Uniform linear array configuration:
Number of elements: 32
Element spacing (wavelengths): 0.75
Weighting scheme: hann
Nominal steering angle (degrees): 30
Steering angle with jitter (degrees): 30.495
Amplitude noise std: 0.05
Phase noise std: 0.05

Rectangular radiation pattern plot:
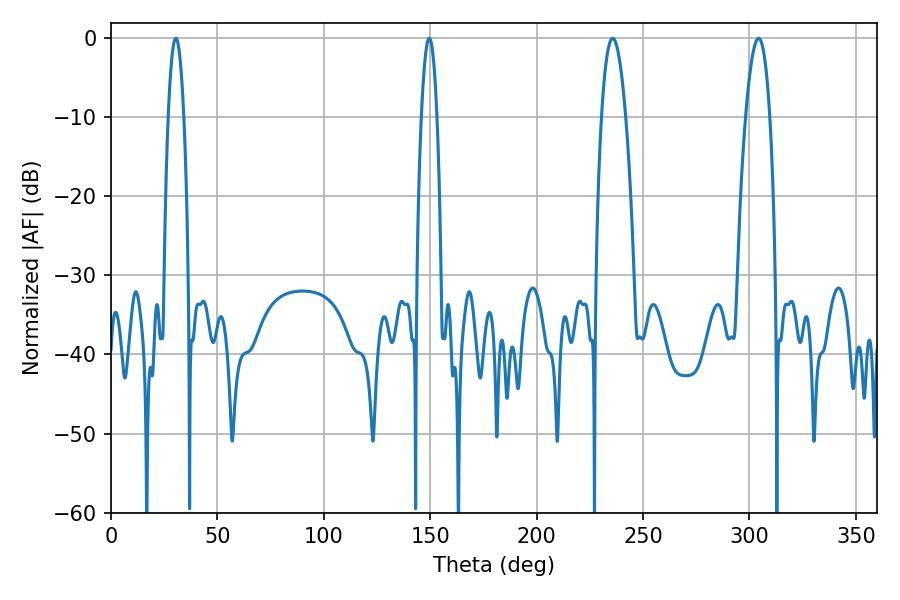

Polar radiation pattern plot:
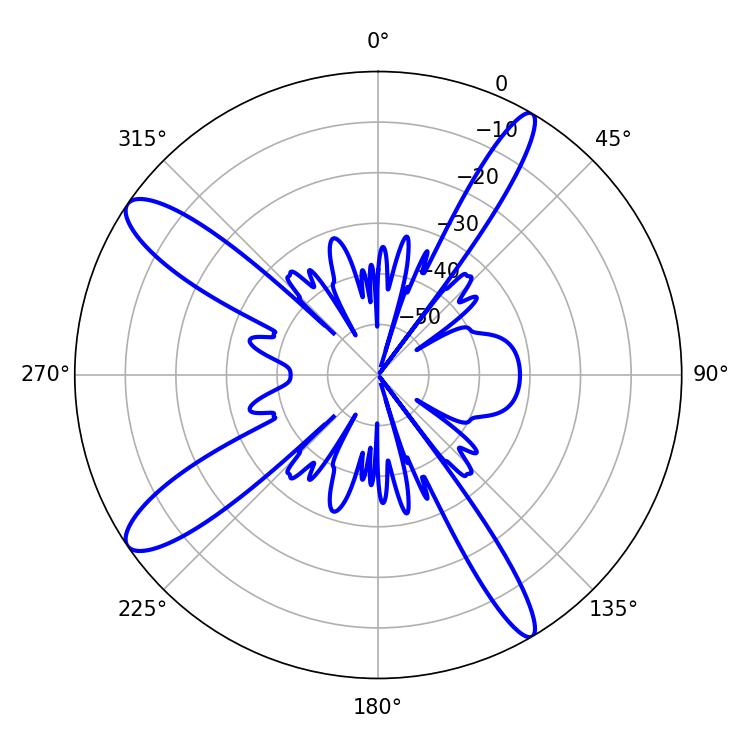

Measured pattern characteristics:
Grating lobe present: TRUE
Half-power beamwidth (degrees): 4.14
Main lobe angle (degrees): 30.42